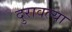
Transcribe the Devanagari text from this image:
दुरावल्या